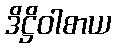
ဒိဋ္ဌိဝါစာယ